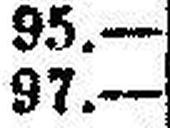
97.—